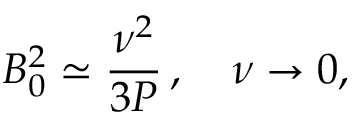
B _ { 0 } ^ { 2 } \simeq \frac { \nu ^ { 2 } } { 3 P } \, , \quad \nu \to 0 ,